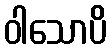
ဝါသောပိ